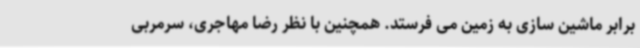
برابر ماشین سازی به زمین می فرستد. همچنین با نظر رضا مهاجری، سرمربی